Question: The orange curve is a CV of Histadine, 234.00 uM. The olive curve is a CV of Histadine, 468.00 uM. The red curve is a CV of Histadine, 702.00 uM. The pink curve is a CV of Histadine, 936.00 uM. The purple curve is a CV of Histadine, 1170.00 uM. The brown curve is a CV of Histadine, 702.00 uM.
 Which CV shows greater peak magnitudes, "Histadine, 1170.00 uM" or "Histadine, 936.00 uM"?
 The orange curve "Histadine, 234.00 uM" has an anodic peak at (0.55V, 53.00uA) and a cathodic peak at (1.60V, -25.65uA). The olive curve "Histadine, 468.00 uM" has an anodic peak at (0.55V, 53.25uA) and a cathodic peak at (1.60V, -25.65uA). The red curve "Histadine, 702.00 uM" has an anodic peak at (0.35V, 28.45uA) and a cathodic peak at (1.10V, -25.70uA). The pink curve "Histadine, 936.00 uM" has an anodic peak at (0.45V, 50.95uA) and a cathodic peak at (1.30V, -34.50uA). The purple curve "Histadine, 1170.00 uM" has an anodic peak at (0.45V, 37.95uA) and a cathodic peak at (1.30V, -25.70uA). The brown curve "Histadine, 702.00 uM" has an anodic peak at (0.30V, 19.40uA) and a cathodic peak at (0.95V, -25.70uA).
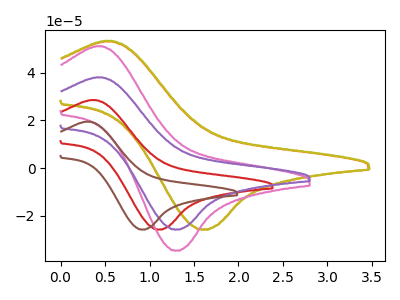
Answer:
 <answer>Every peak in "Histadine, 1170.00 uM" is lower than every peak in "Histadine, 936.00 uM".</answer>
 <eval>lower</eval>